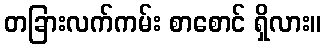
တခြားလက်ကမ်း စာစောင် ရှိလား။